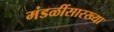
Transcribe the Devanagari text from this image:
मंडळींसारख्या